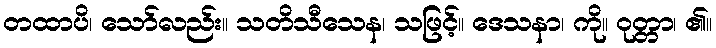
တထာပိ၊ သော်လည်း။ သတိသီသေန၊ သဖြင့်။ ဒေသနာ၊ ကို။ ဝုတ္တာ၊ ၏။